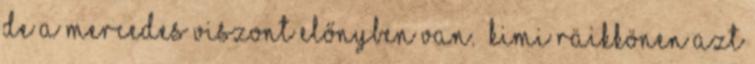
de a Mercedes viszont előnyben van.” Kimi Räikkönen azt